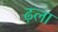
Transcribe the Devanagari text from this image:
ढ़ला